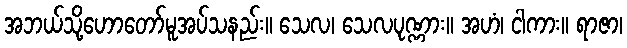
အဘယ်သို့ဟောတော်မူအပ်သနည်း။ သေလ၊ သေလပုဏ္ဏား။ အဟံ၊ ငါကား။ ရာဇာ၊